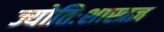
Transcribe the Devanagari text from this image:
ज्योतिःशास्त्रज्ञ